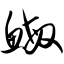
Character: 鳘